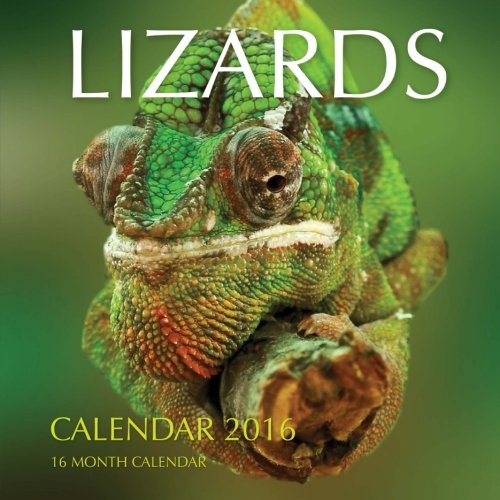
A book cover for Lizards Calendar 2016: 16 Month Calendar; Jack Smith; Calendars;